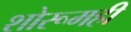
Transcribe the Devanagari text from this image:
शोरूमही